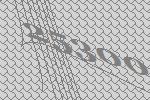
25300